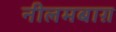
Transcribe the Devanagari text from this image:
नीलमबाग़